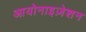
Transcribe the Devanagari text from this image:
आयोनाइज़ेशन